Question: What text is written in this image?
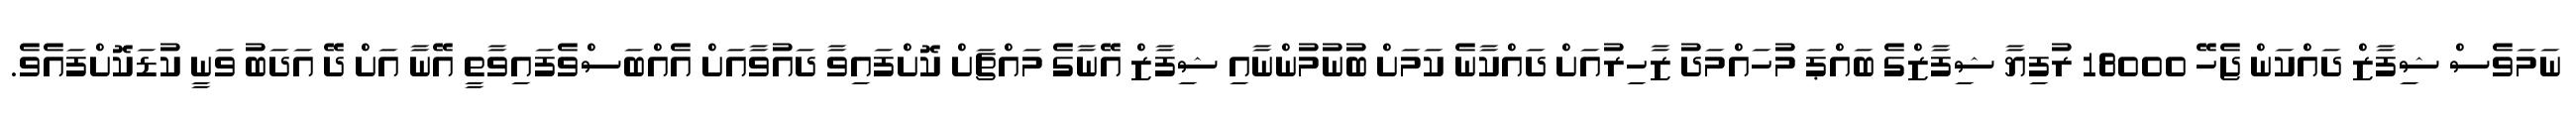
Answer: ނަމަވެސް ޝިފާޒް ދައްކަން ޖެހޭ 18000 ރުފިޔާ ޝިފާޒްގެ ބައްޕަ މުހައްމަދު ޒާހިރުއަށް ދައްކާނެ ކަމަށް ބުނުމުންނާއި ޝިފާޒް އޭނާގެ މައްޗަށް ކޮށްފައިވާ ދައުވާއަށް އެއްބަސްވެފައިވާތީ އޭނާ އަށް ދޭ އަދަބު ވަނީ ކުޑަކޮށްފައެވެ.